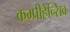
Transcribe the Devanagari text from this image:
कम्प्रीहेन्सिव